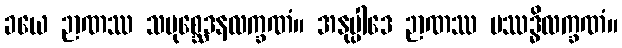
ခယေ ဉာဏဿ သမုစ္ဆေဒနလက္ခဏံ။ အနုပ္ပါဒေ ဉာဏဿ ပဿဒ္ဓိလက္ခဏံ။